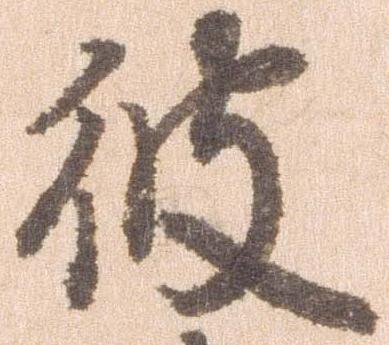
彼